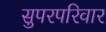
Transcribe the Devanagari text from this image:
सुपरपरिवार